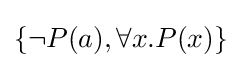
\{\neg P(a),\forall x.P(x)\}